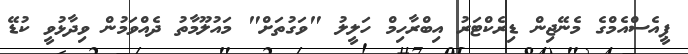
ޕީއެސްއެމްގެ މެނޭޖިން ޑިރެކްޓަރު އިބްރާހިމް ހަލީލު "ވަގުތަށް" މައުލޫމާތު ދެއްވަމުން ވިދާޅުވީ ކުޑޭ